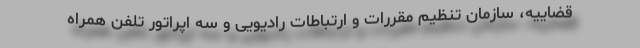
قضاییه، سازمان تنظیم مقررات و ارتباطات رادیویی و سه اپراتور تلفن همراه